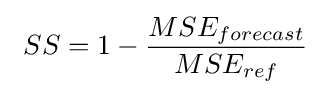
\ SS=1-{\frac {MSE_{forecast}}{MSE_{ref}}}